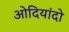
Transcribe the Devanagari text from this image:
ओदियांदो